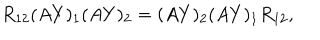
R _ { 1 2 } ( A Y ) _ { 1 } ( A Y ) _ { 2 } = ( A Y ) _ { 2 } ( A Y ) _ { 1 } R _ { 1 2 } ,